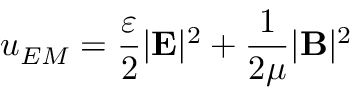
u _ { E M } = { \frac { \varepsilon } { 2 } } | \mathbf { E } | ^ { 2 } + { \frac { 1 } { 2 \mu } } | \mathbf { B } | ^ { 2 }